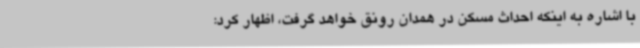
با اشاره به اینکه احداث مسکن در همدان رونق خواهد گرفت، اظهار کرد: